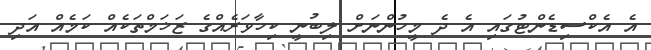
އެ އެކްސިޑެންޓުގައި އެ ދެ މީހުންނަށް ލިބުނީ ކިހާވަރެއްގެ ޒަޚަމްތަކެއް ކަމެއް އަދި